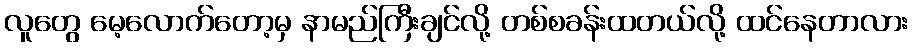
လူတွေ မေ့လောက်တော့မှ နာမည်ကြီးချင်လို့ တစ်စခန်းထတယ်လို့ ထင်နေတာလား